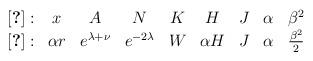
LaTeX: \begin{align*}\begin{array}{ccccccccc}\cite{bhk} : & x & A & N &K & H & J & \alpha & \beta^2\\\cite{bfm2} : & \alpha r & e^{\lambda+\nu} & e^{-2\lambda} &W & \alpha H & J & \alpha & \frac{\beta^2}{2}\end{array}\end{align*}